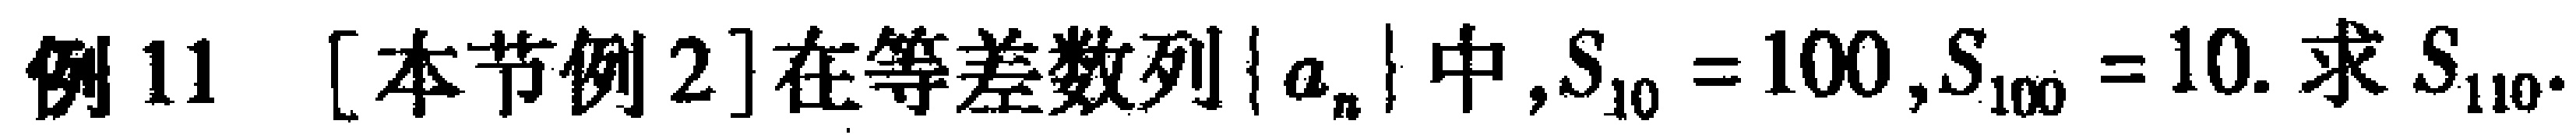
例11 [本节例2]在等差数列\(\{ a_{n}\}\)中,\(S_{10}=100\),\(S_{100}=10\). 求\(S_{110}\).